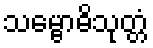
သမ္ဗောဓိသုတ္တံ